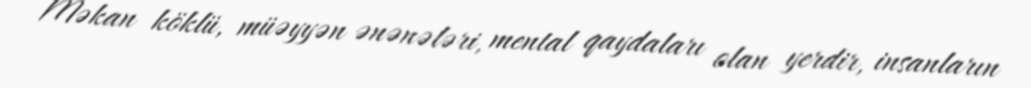
Məkan köklü, müəyyən ənənələri, mental qaydaları olan yerdir, insanların